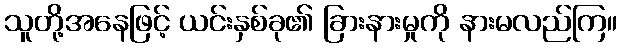
သူတို့အနေဖြင့် ယင်းနှစ်ခု၏ ခြားနားမှုကို နားမလည်ကြ။